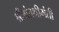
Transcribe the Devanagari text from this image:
श्रीमंतश्रीमंती